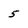
Character: 5